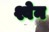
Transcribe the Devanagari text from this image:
श्वेन